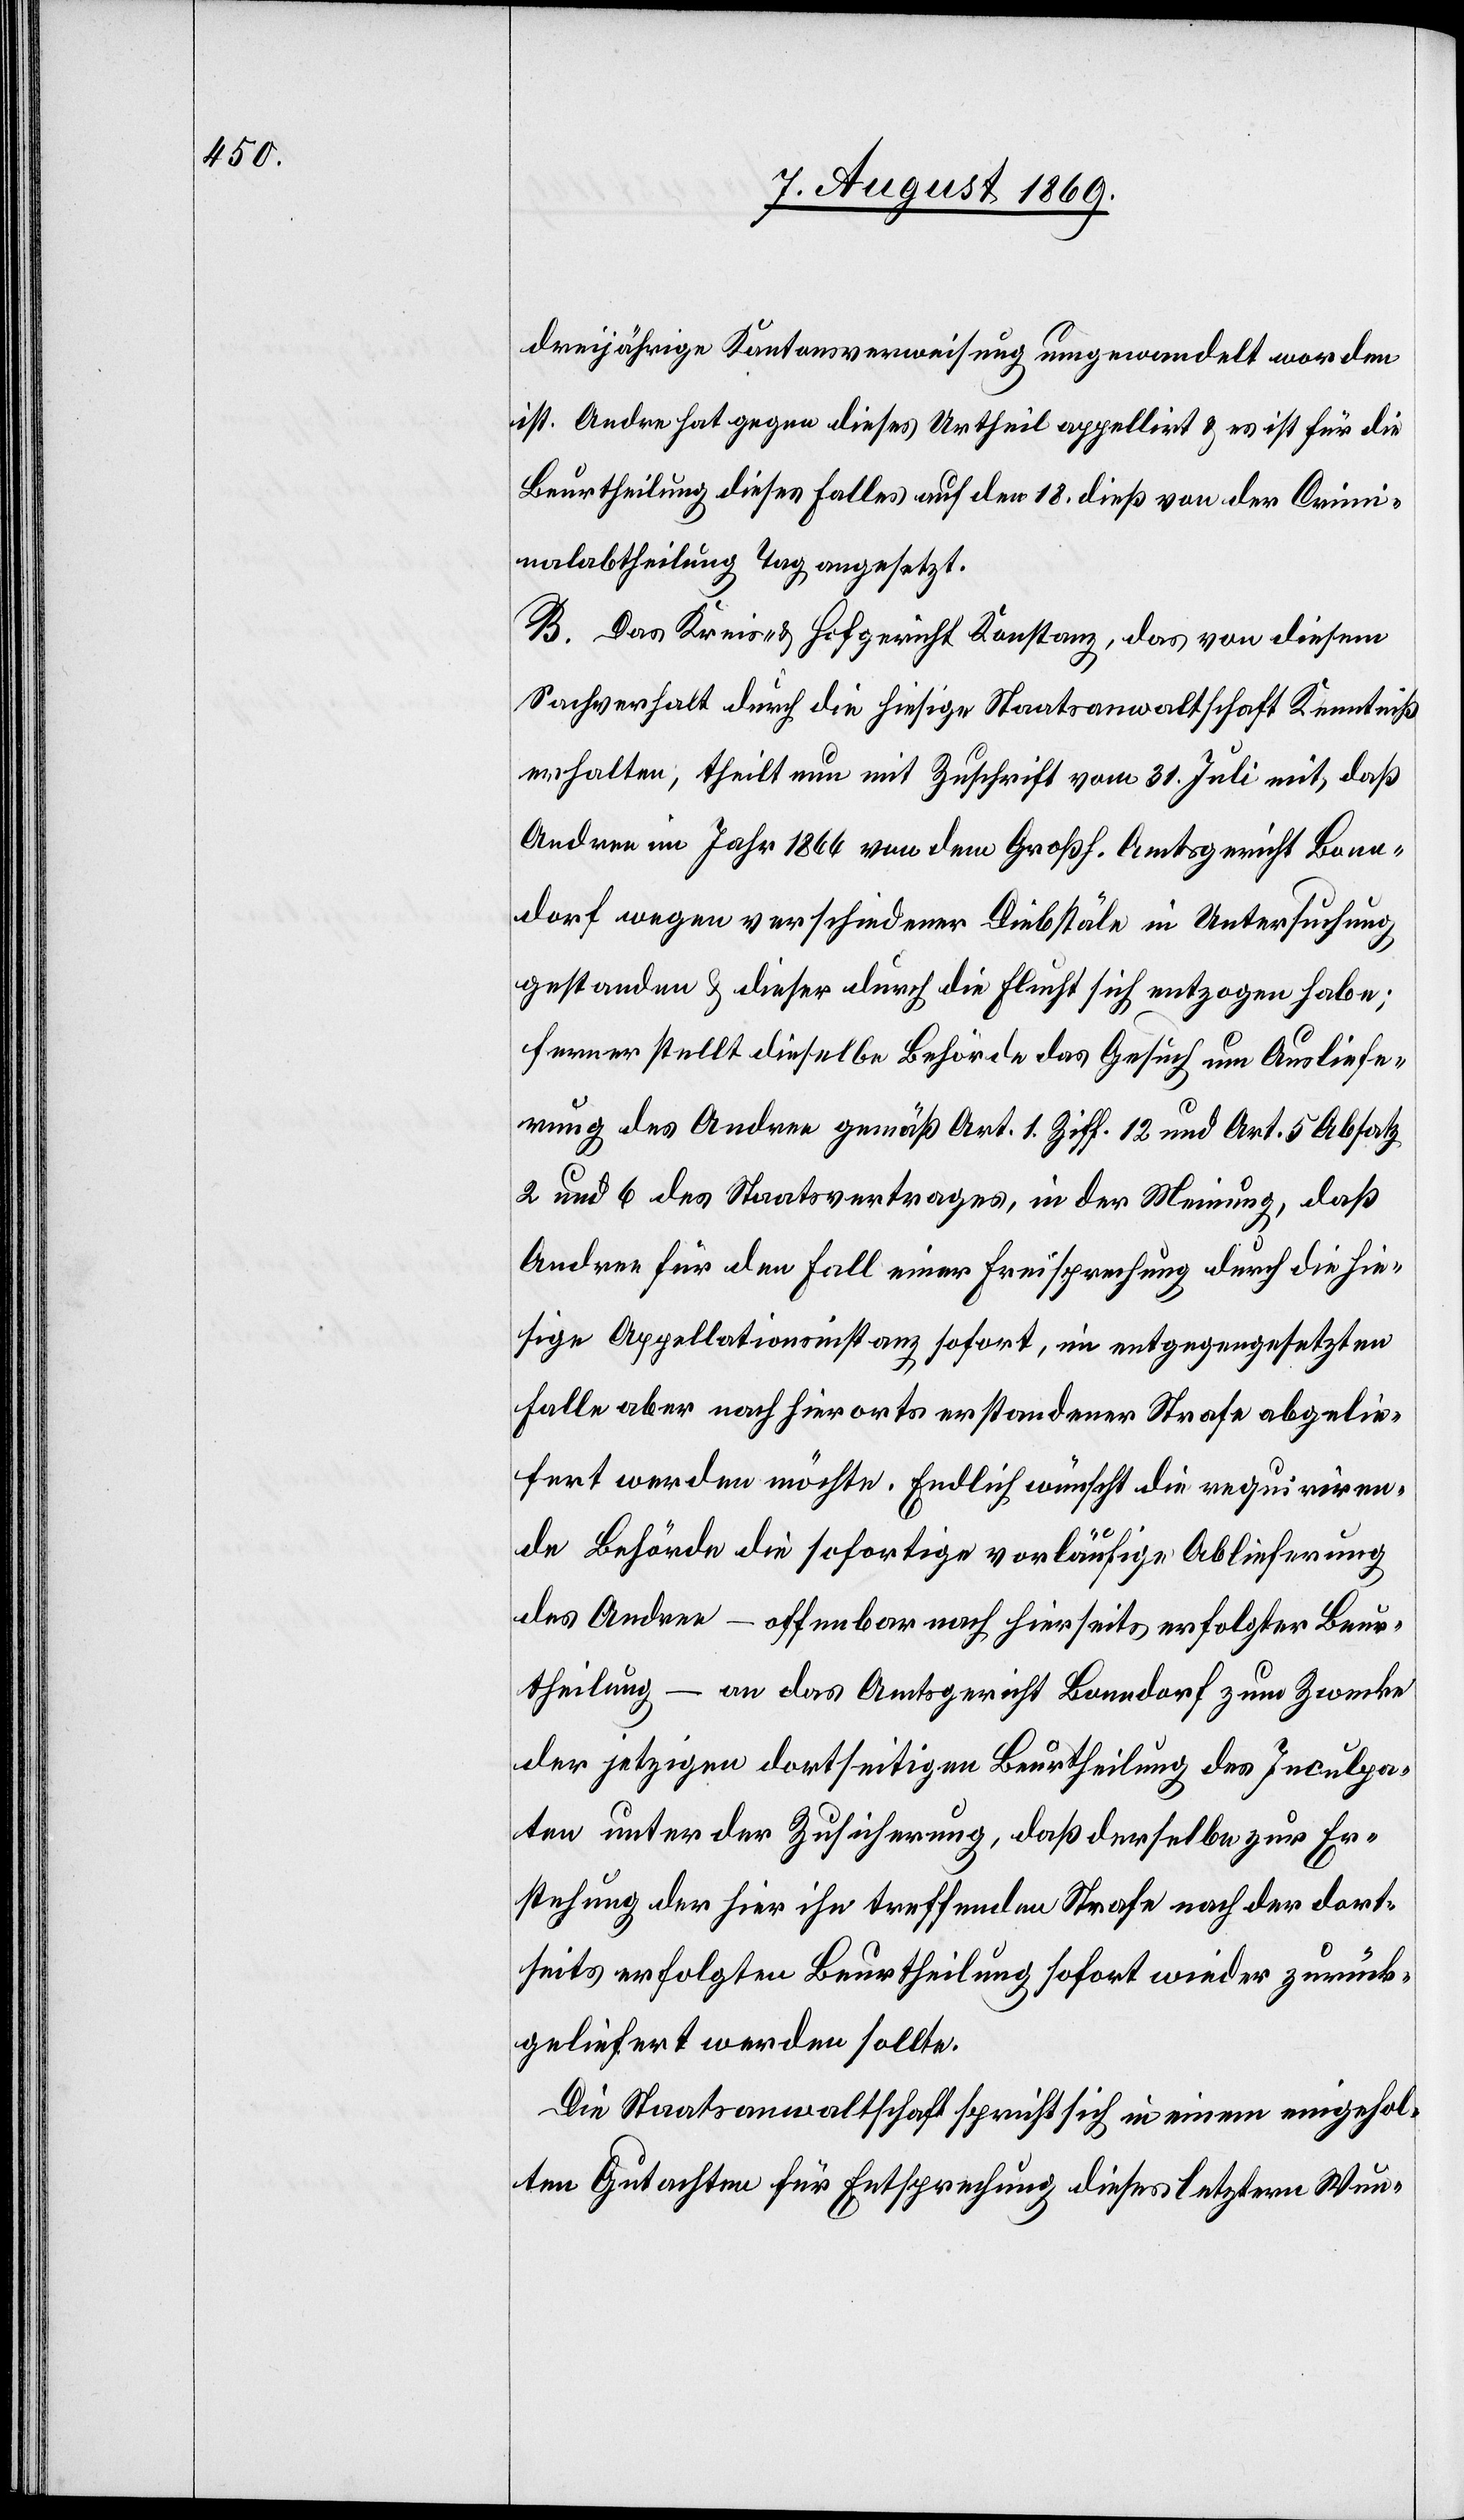
dreijährige Kantonsverweisung umgewandelt worden
ist. Andre hat gegen dieses Urtheil appellirt & es ist für die
Beurtheilung dieses Falles auf den 18 dieß von der Crimi¬
nalabtheilung Tag angesetzt.
B. Das Kreis- & Hofgericht Konstanz, das von diesem
Sachverhalt durch die hiesige Staatsanwaltschaft Kenntniß
erhalten, theilt nun mit Zuschrift vom 31 Juli mit, daß
[sic!] im Jahr 1866 von dem Großh. Amtsgericht Bann¬
dorf wegen verschiedener Diebstäle in Untersuchung
gestanden & dieser durch die Flucht sich entzogen habe;
ferner stellt dieselbe Behörde das Gesuch um Ausliefe¬
rung des Andree gemäß Art. 1 Ziff 12 und Art. 5 Absatz
2 und 6 des Staatsvertrages, in der Meinung, daß
Andree für den Fall einer Freisprechung durch die hie¬
sige Appellationsinstanz sofort, im entgegengesetzten
Falle aber nach hierorts erstandener Strafe abgelie¬
fert werden möchte. Endlich wünscht die requiriren¬
de Behörde die sofortige vorläufige Ablieferung
des Andree – offenbar nach hierseits erfolgter Beur¬
theilung – an das Amtsgericht Banndorf zum Zwecke
der jetzigen dortseitigen Beurtheilung des Inculpa¬
ten unter der Zusicherung, daß derselbe zur Er¬
stehung der hier ihn treffenden Strafe nach der dort¬
seits erfolgten Beurtheilung sofort wieder zurück¬
geliefert werden sollte.
Die Staatsanwaltschaft spricht sich in einem eingehol¬
ten Gutachten für Entsprechung dieses letztern Wun-